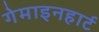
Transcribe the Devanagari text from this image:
गेमाइनहार्ट